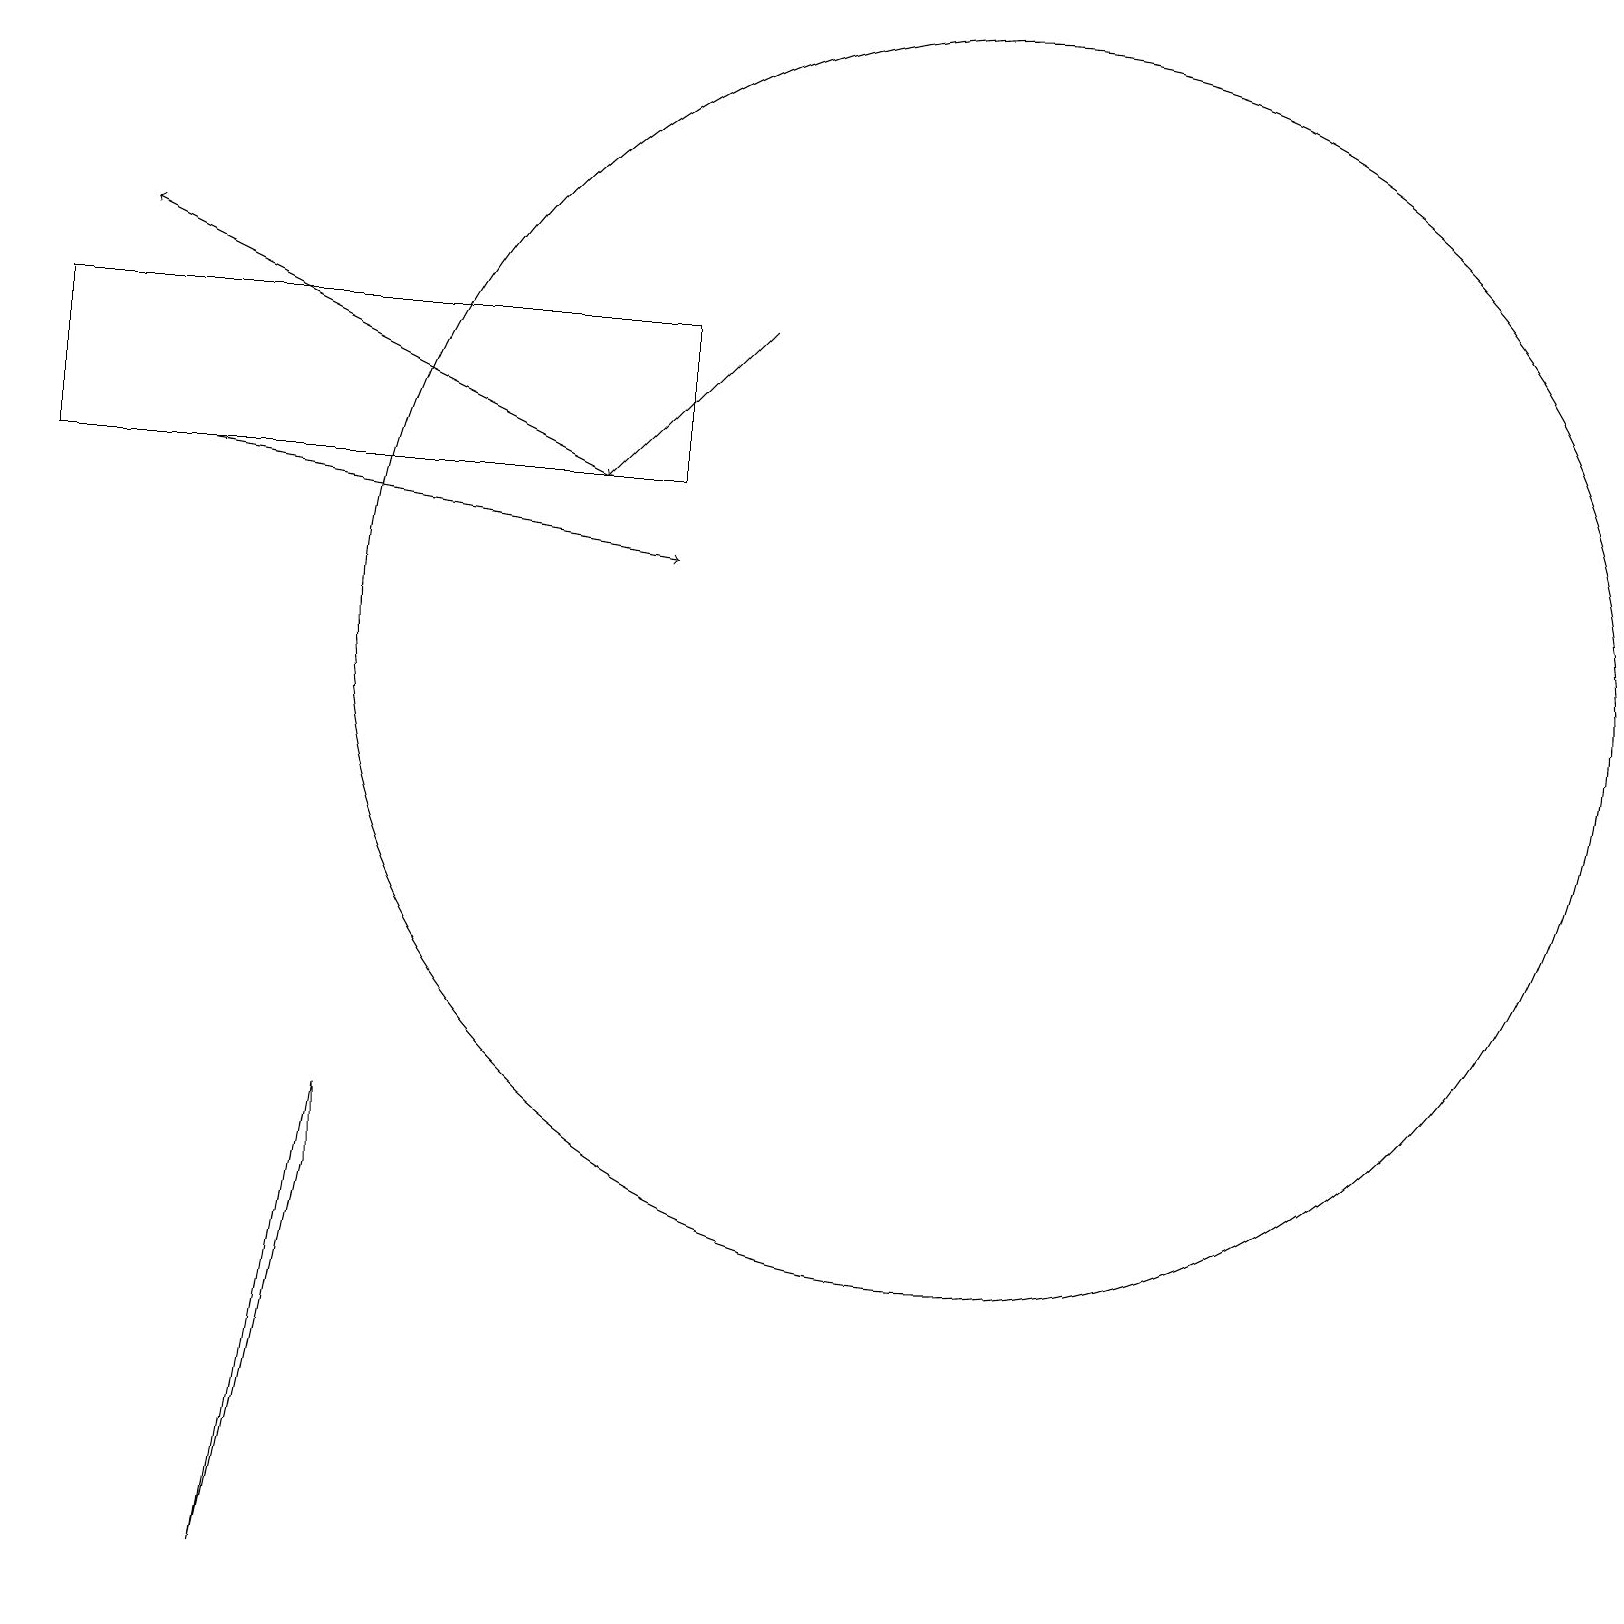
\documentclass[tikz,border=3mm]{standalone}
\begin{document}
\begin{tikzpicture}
\draw (8,14) rectangle (0,16);
\draw (4,5) -- (3,0) -- (4,6) -- cycle;
\draw[->] (9,16) -- (7,14);
\draw[->] (7,14) -- (1,17);
\draw[->] (2,14) -- (8,13);
\draw (12,12) circle (8);
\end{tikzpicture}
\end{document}